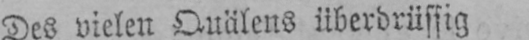
Des vielen Quälens überdrüssig